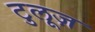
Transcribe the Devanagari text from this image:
टुलूज़